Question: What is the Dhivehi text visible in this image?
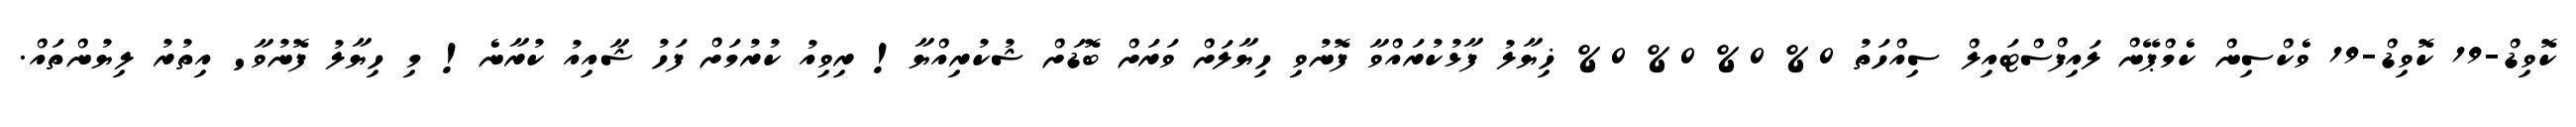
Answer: ކޮވިޑް-19 ކޮވިޑް-19 ވެކްސިން ކެމްޕޭން ލައިފްސްޓައިލް ސިއްހަތު 0% 0% 0% 0% ޚިޔާލު ފާޅުކުރައްވާ ފޮނުވި ހިޔާލަށް ވަރަށް ބޮޑަށް ޝުކުރިއްޔާ! ރިވިއު ކުރުމަށް ފަހު ޝާއިއު ކުރާނެ! މި ހިޔާލު ފޮނުވާ' އިތުރު ލިޔުންތައް.